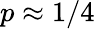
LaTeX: p\approx 1/4